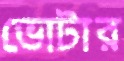
ভোটার